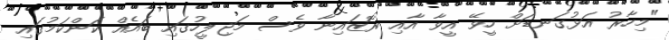
"މިހާރު އަޅުގަނޑަށް ހީވޭ އީވާ އާއި ރޮޒައިނާ ވެސް މަޖިލީހުގައި ބައެއް ކަންކަމުގައި